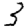
Digit: 3